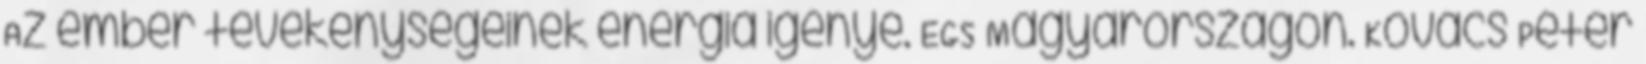
Az ember tevékenységeinek energia igénye. EGS Magyarországon. Kovács Péter